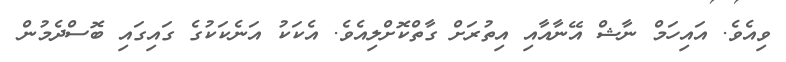
ވިއެވެ. އައިހަމް ނާޝް އޭނާއާއި އިތުރަށް ގާތްކޮށްލިއެވެ. އެކަކު އަނެކަކުގެ ގައިގައި ބޮސްދެމުން